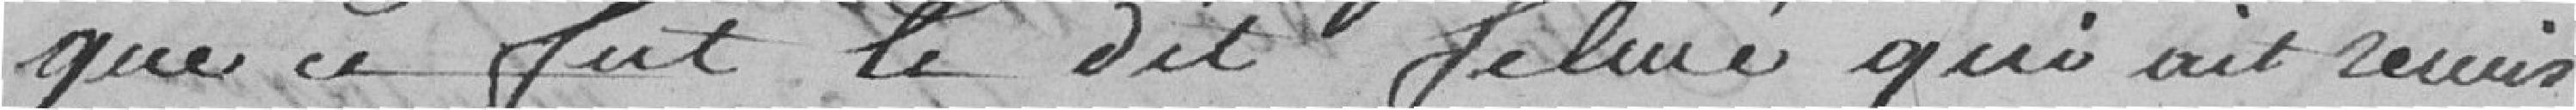
que ce fut le dit Felmé qui ait remis